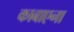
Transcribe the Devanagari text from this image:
काबाएना